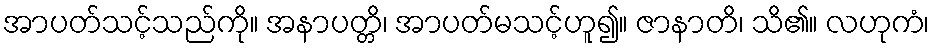
အာပတ်သင့်သည်ကို။ အနာပတ္တိ၊ အာပတ်မသင့်ဟူ၍။ ဇာနာတိ၊ သိ၏။ လဟုကံ၊